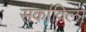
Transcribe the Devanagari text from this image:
सर्काविला